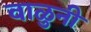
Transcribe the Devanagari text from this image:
वाळुनी